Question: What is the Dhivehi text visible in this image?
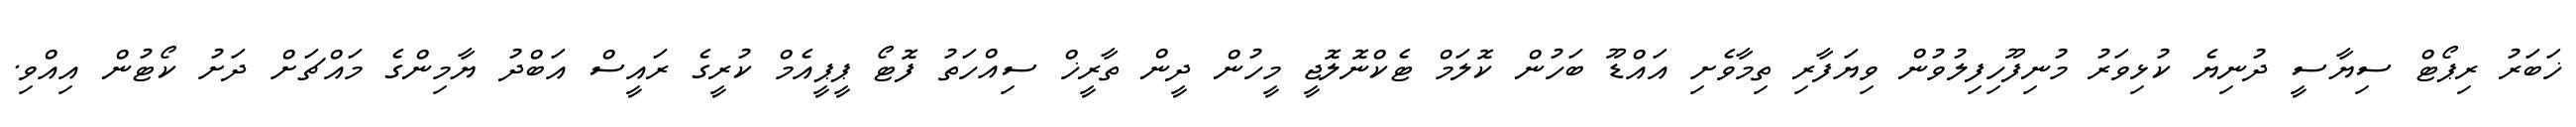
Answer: ޚަބަރު ރިޕޯޓް ސިޔާސީ ދުނިޔެ ކުޅިވަރު މުނިފޫހިފިލުވުން ވިޔަފާރި ތިމާވެށި އައްޑޫ ބަހުން ކޮލަމް ޓެކްނޮލޮޖީ މީހުން ދީން ތާރީޚް ސިއްހަތު ފޮޓޯ ޕީޕީއެމް ކުރީގެ ރައީސް އަބްދު ޔާމިންގެ މައްޗަށް ދަށު ކޯޓުން އިއްވި.